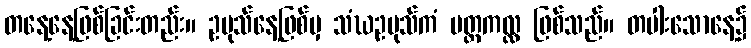
တနေ့နေ့ဖြစ်ခြင်းတည်း။ ဥပုသ်နေ့ဖြစ်မှ သံဃဥပုသ်ကံ ပတ္တကလ္လ ဖြစ်သည်။ တပါးသောနေ့၌